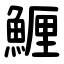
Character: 䱳